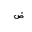
Letter: _dad